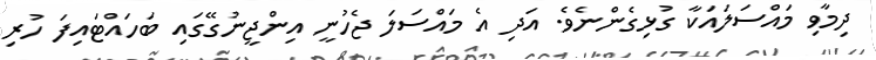
ދިމާވި މައްސަލައަކާ ގުޅިގެންނެވެ. އަދި އެ މައްސަލަ ޖެހުނީ އިންޖީނުގޭގައި ބަހައްޓައިފަ ހުރި